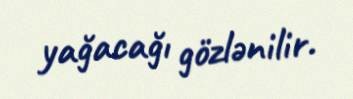
yağacağı gözlənilir.